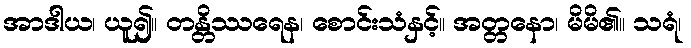
အာဒါယ၊ ယူ၍။ တန္တိဿရေန၊ စောင်းသံနှင့်။ အတ္တနော၊ မိမိ၏။ သရံ၊